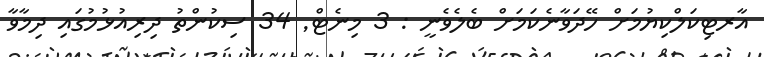
އާރޓިކަލްކިޔުމަށް ހޭދަވާނެކަމަށް ބެލެވެނީ : 3 މިނެޓް